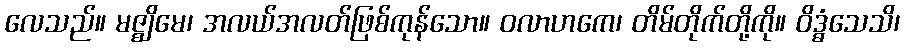
လေသည်။ မဇ္ဈိမေ၊ အလယ်အလတ်ဖြစ်ကုန်သော။ ဝလာဟကေ၊ တိမ်တိုက်တို့ကို။ ဝိဒ္ဓံသေသိ၊